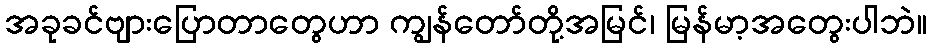
အခုခင်ဗျားပြောတာတွေဟာ ကျွန်တော်တို့အမြင်၊ မြန်မာ့အတွေးပါဘဲ။